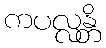
ကပလ္လန္တိ